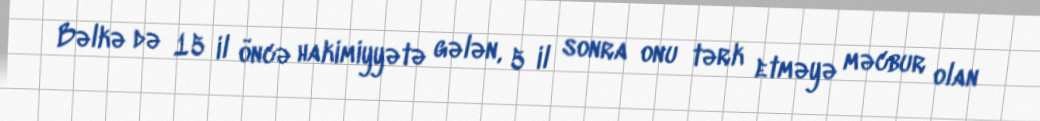
Bəlkə də 15 il öncə hakimiyyətə gələn, 5 il sonra onu tərk etməyə məcbur olan